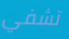
تشفي